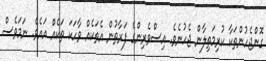
ގޮންޖެހުންތަކާ ކުރިމަތިލާން ޖެހުނެވެ. އިސްވެރިންގެ ފަރާތުން އެތަކެއް ވާހަކަ ތަކެއް އައެވެ. ނަމަވެސް